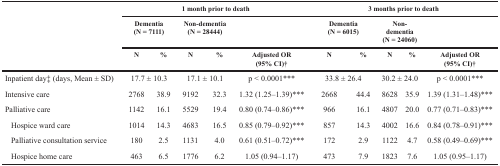
<table><thead><tr><td rowspan="3"></td><td colspan="5"><b>1 month prior to death</b></td><td colspan="5"><b>3 months prior to death</b></td></tr><tr><td colspan="2"><b>Dementia (N = 7111)</b></td><td colspan="2"><b>Non-dementia (N = 28444)</b></td><td></td><td colspan="2"><b>Dementia (N = 6015)</b></td><td colspan="2"><b>Non-dementia (N = 24060)</b></td><td></td></tr><tr><td><b>N</b></td><td><b>%</b></td><td><b>N</b></td><td><b>%</b></td><td><b>Adjusted OR (95% CI)†</b></td><td><b>N</b></td><td><b>%</b></td><td><b>N</b></td><td><b>%</b></td><td><b>Adjusted OR (95% CI)†</b></td></tr></thead><tbody><tr><td>Inpatient day‡ (days, Mean ± SD)</td><td colspan="2">17.7 ± 10.3</td><td colspan="2">17.1 ± 10.1</td><td>p &lt; 0.0001***</td><td colspan="2">33.8 ± 26.4</td><td colspan="2">30.2 ± 24.0</td><td>p &lt; 0.0001***</td></tr><tr><td>Intensive care</td><td>2768</td><td>38.9</td><td>9192</td><td>32.3</td><td>1.32 (1.25–1.39)***</td><td>2668</td><td>44.4</td><td>8628</td><td>35.9</td><td>1.39 (1.31–1.48)***</td></tr><tr><td>Palliative care</td><td>1142</td><td>16.1</td><td>5529</td><td>19.4</td><td>0.80 (0.74–0.86)***</td><td>966</td><td>16.1</td><td>4807</td><td>20.0</td><td>0.77 (0.71–0.83)***</td></tr><tr><td> Hospice ward care</td><td>1014</td><td>14.3</td><td>4683</td><td>16.5</td><td>0.85 (0.79–0.92)***</td><td>857</td><td>14.3</td><td>4002</td><td>16.6</td><td>0.84 (0.78–0.91)***</td></tr><tr><td> Palliative consultation service</td><td>180</td><td>2.5</td><td>1131</td><td>4.0</td><td>0.61 (0.51–0.72)***</td><td>172</td><td>2.9</td><td>1122</td><td>4.7</td><td>0.58 (0.49–0.69)***</td></tr><tr><td> Hospice home care</td><td>463</td><td>6.5</td><td>1776</td><td>6.2</td><td>1.05 (0.94–1.17)</td><td>473</td><td>7.9</td><td>1823</td><td>7.6</td><td>1.05 (0.95–1.17)</td></tr></tbody></table>